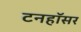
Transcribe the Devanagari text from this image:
टनहॉसर